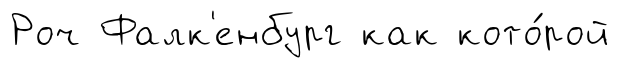
Роч Фалк'енбург как кото́рой